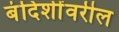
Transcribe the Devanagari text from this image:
बंदिशींवरील